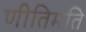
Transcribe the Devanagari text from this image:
णीतिमति